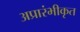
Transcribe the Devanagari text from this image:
अप्रारंभीकृत